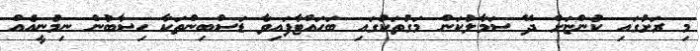
މި ރަށުގައި ކުންޏަށް ދޭ ސަމާލުކަން މަގުތަކުގައި ބަހައްޓާފައިވާ ޑަސްބިންތަކާ ހިސާބުން ނިމުނީއެއް